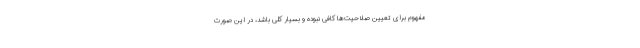
مفهوم برای تعیین صلاحیت‌ها کافی نبوده و بسیار کلی باشد، در این صورت